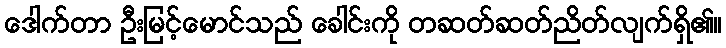
ဒေါက်တာ ဦးမြင့်မောင်သည် ခေါင်းကို တဆတ်ဆတ်ညိတ်လျက်ရှိ၏။